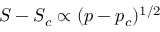
S - S _ { c } \propto ( p - p _ { c } ) ^ { 1 / 2 }